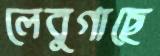
লেবুগাছে